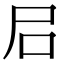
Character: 𡰪